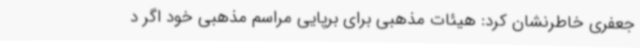
جعفری خاطرنشان کرد: هیئات مذهبی برای برپایی مراسم مذهبی خود اگر د